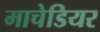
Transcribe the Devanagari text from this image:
माचेडियर